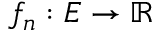
f _ { n } : E \to \mathbb { R }